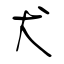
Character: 犬